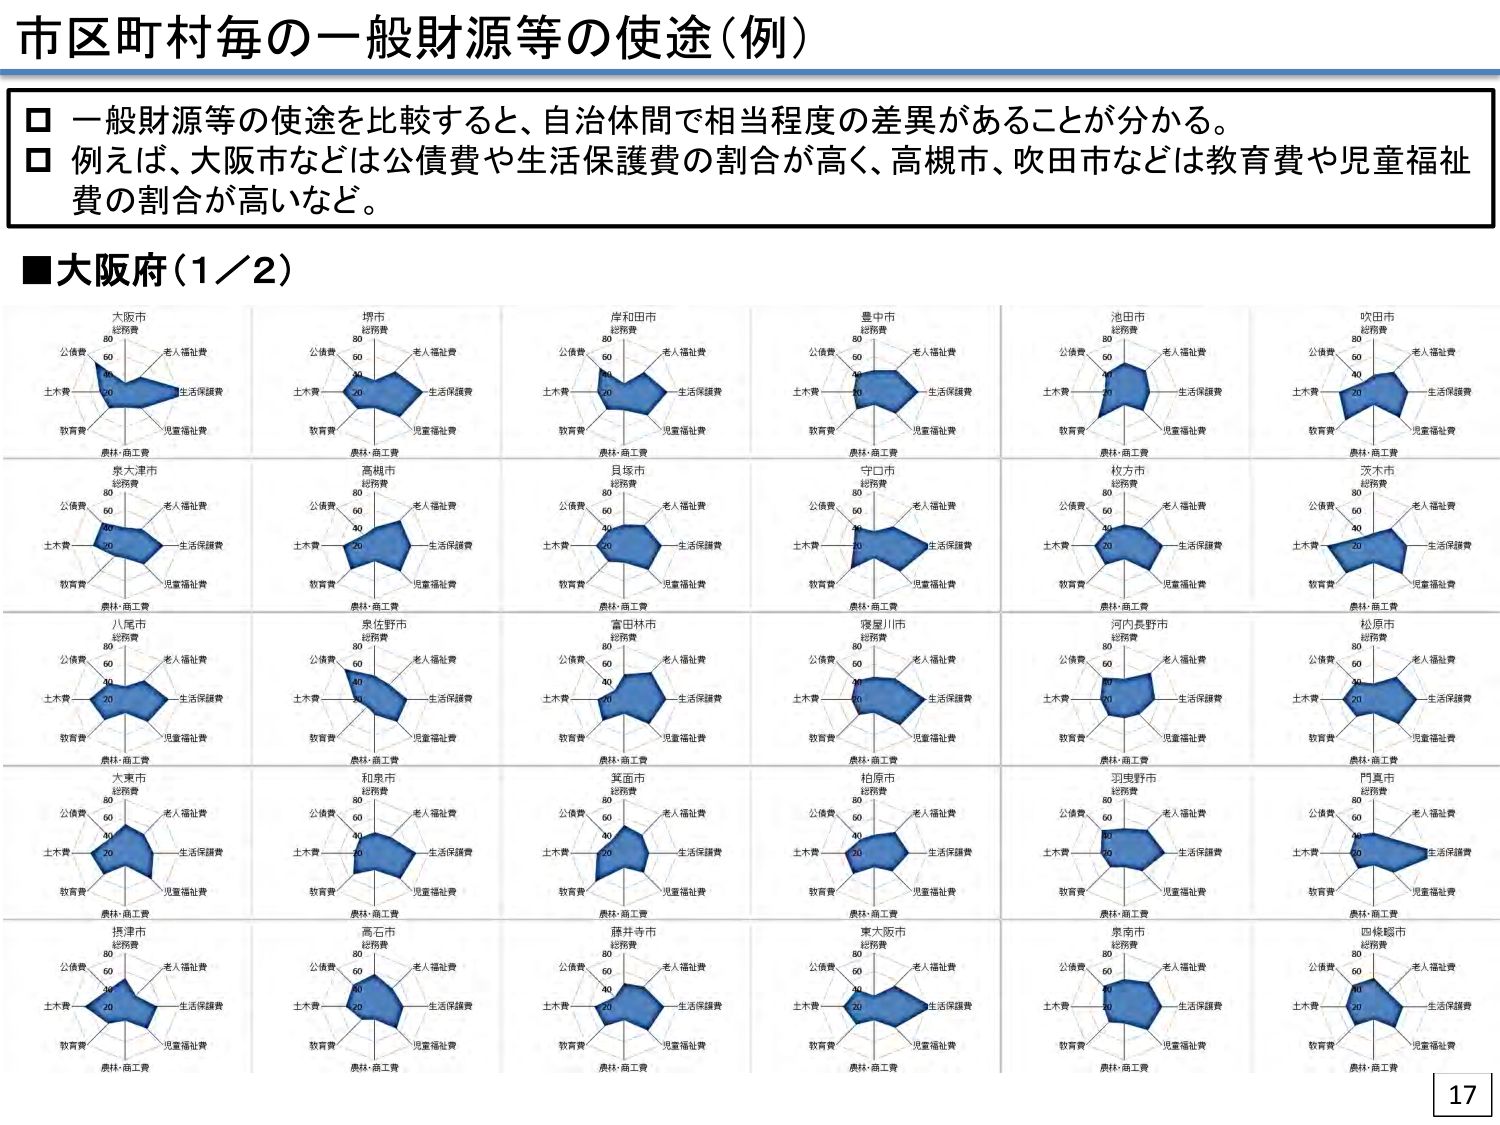
市区町村毎の一般財源等の使途（例）

□ 一般財源等の使途を比較すると、自治体間で相当程度の差異があることが分かる。
□ 例えば、大阪市などは公債費や生活保護費の割合が高く、高槻市、吹田市などは教育費や児童福祉費の割合が高いなど。

■大阪府（1／2）

大阪市
公債費
土木費
教育費
農林・商工費
老人福祉費
生活保護費
児童福祉費
総務費
80
60
40
20

堺市
公債費
土木費
教育費
農林・商工費
老人福祉費
生活保護費
児童福祉費
総務費
80
60
40
20

岸和田市
公債費
土木費
教育費
農林・商工費
老人福祉費
生活保護費
児童福祉費
総務費
80
60
40
20

豊中市
公債費
土木費
教育費
農林・商工費
老人福祉費
生活保護費
児童福祉費
総務費
80
60
40
20

池田市
公債費
土木費
教育費
農林・商工費
老人福祉費
生活保護費
児童福祉費
総務費
80
60
40
20

吹田市
公債費
土木費
教育費
農林・商工費
老人福祉費
生活保護費
児童福祉費
総務費
80
60
40
20

泉大津市
公債費
土木費
教育費
農林・商工費
老人福祉費
生活保護費
児童福祉費
総務費
80
60
40
20

高槻市
公債費
土木費
教育費
農林・商工費
老人福祉費
生活保護費
児童福祉費
総務費
80
60
40
20

貝塚市
公債費
土木費
教育費
農林・商工費
老人福祉費
生活保護費
児童福祉費
総務費
80
60
40
20

守口市
公債費
土木費
教育費
農林・商工費
老人福祉費
生活保護費
児童福祉費
総務費
80
60
40
20

枚方市
公債費
土木費
教育費
農林・商工費
老人福祉費
生活保護費
児童福祉費
総務費
80
60
40
20

茨木市
公債費
土木費
教育費
農林・商工費
老人福祉費
生活保護費
児童福祉費
総務費
80
60
40
20

八尾市
公債費
土木費
教育費
農林・商工費
老人福祉費
生活保護費
児童福祉費
総務費
80
60
40
20

泉佐野市
公債費
土木費
教育費
農林・商工費
老人福祉費
生活保護費
児童福祉費
総務費
80
60
40
20

富田林市
公債費
土木費
教育費
農林・商工費
老人福祉費
生活保護費
児童福祉費
総務費
80
60
40
20

寝屋川市
公債費
土木費
教育費
農林・商工費
老人福祉費
生活保護費
児童福祉費
総務費
80
60
40
20

河内長野市
公債費
土木費
教育費
農林・商工費
老人福祉費
生活保護費
児童福祉費
総務費
80
60
40
20

松原市
公債費
土木費
教育費
農林・商工費
老人福祉費
生活保護費
児童福祉費
総務費
80
60
40
20

大東市
公債費
土木費
教育費
農林・商工費
老人福祉費
生活保護費
児童福祉費
総務費
80
60
40
20

和泉市
公債費
土木費
教育費
農林・商工費
老人福祉費
生活保護費
児童福祉費
総務費
80
60
40
20

箕面市
公債費
土木費
教育費
農林・商工費
老人福祉費
生活保護費
児童福祉費
総務費
80
60
40
20

柏原市
公債費
土木費
教育費
農林・商工費
老人福祉費
生活保護費
児童福祉費
総務費
80
60
40
20

羽曳野市
公債費
土木費
教育費
農林・商工費
老人福祉費
生活保護費
児童福祉費
総務費
80
60
40
20

門真市
公債費
土木費
教育費
農林・商工費
老人福祉費
生活保護費
児童福祉費
総務費
80
60
40
20

摂津市
公債費
土木費
教育費
農林・商工費
老人福祉費
生活保護費
児童福祉費
総務費
80
60
40
20

高石市
公債費
土木費
教育費
農林・商工費
老人福祉費
生活保護費
児童福祉費
総務費
80
60
40
20

藤井寺市
公債費
土木費
教育費
農林・商工費
老人福祉費
生活保護費
児童福祉費
総務費
80
60
40
20

東大阪市
公債費
土木費
教育費
農林・商工費
老人福祉費
生活保護費
児童福祉費
総務費
80
60
40
20

泉南市
公債費
土木費
教育費
農林・商工費
老人福祉費
生活保護費
児童福祉費
総務費
80
60
40
20

四條畷市
公債費
土木費
教育費
農林・商工費
老人福祉費
生活保護費
児童福祉費
総務費
80
60
40
20

17